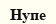
Нупе